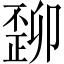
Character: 𬆆